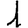
Digit: 1